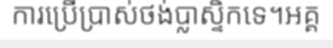
ការប្រើប្រាស់ថង់ប្លាស្ទិកទេ។អគ្គ